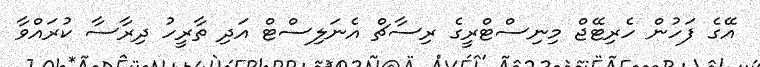
އޭގެ ފަހުން ހެރިޓޭޖް މިނިސްޓްރީގެ ރިސާޗް އެނަލިސްޓް އަދި ތާރީހު ދިރާސާ ކުރައްވާ